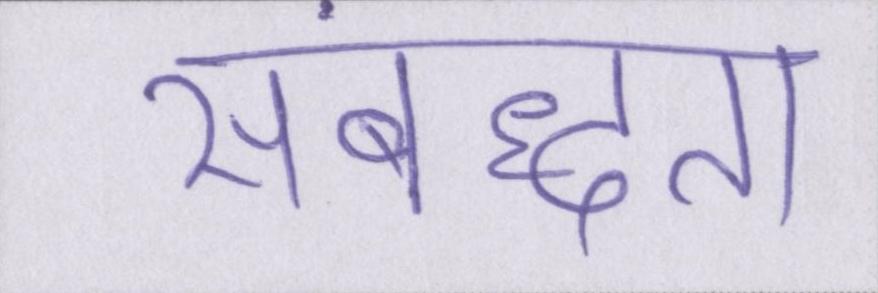
संबद्धता